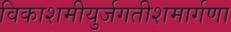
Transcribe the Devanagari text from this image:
विकाशमीयुर्जगतीशमार्गणा